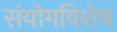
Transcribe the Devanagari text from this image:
संयोगविशेष